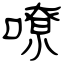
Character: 嘹